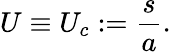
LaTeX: U\equiv U_{c}:=\frac{s}{a}.